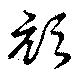
頏